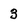
Character: 3